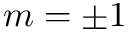
m = \pm 1